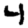
Digit: 4